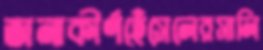
জনাকীর্ণহেঁসেলেরসালি